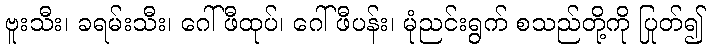
ဗူးသီး၊ ခရမ်းသီး၊ ဂေါ်ဖီထုပ်၊ ဂေါ်ဖီပန်း၊ မုံညင်းရွက် စသည်တို့ကို ပြုတ်၍